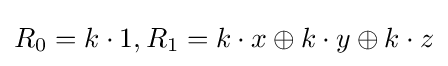
R_{0}=k\cdot 1,R_{1}=k\cdot x\oplus k\cdot y\oplus k\cdot z